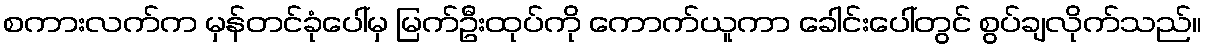
စကားလက်က မှန်တင်ခုံပေါ်မှ မြက်ဦးထုပ်ကို ကောက်ယူကာ ခေါင်းပေါ်တွင် စွပ်ချလိုက်သည်။